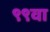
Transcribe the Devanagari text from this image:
९९वा